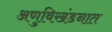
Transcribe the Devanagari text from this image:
अणुविखंडनात